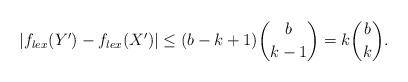
LaTeX: \begin{align*}|f_{lex}(Y')-f_{lex}(X')|\leq (b-k+1)\binom{b}{k-1}=k\binom{b}{k}.\end{align*}